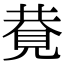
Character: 𧠩